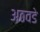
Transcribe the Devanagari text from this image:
अठवडे